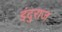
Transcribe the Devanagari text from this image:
इंदुराज